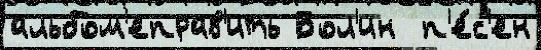
альбом'еправ'ить Бол'ин  п'е́с'ен